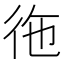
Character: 𮱺